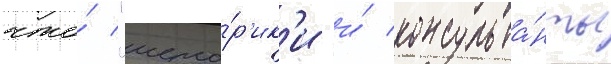
что́ "исто́р'ик'и и́ консульта́нты